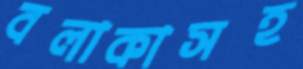
বলাকাসহ